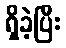
ရှိခဲ့ပြီး